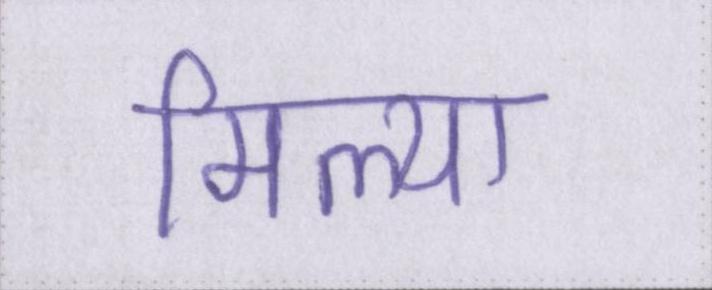
मिल्या